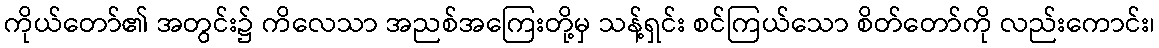
ကိုယ်တော်၏ အတွင်း၌ ကိလေသာ အညစ်အကြေးတို့မှ သန့်ရှင်း စင်ကြယ်သော စိတ်တော်ကို လည်းကောင်း၊